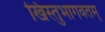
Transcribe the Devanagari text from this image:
खिस्तुभागवतम्